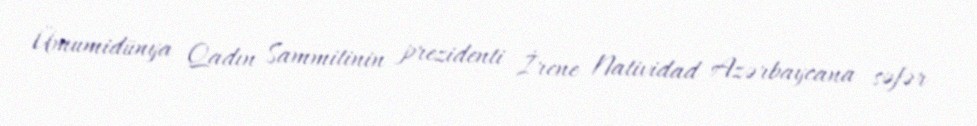
Ümumidünya Qadın Sammitinin prezidenti İrene Natividad Azərbaycana səfər